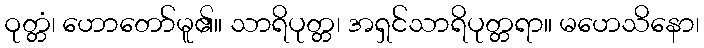
ဝုတ္တံ၊ ဟောတော်မူ၏။ သာရိပုတ္တ၊ အရှင်သာရိပုတ္တရာ။ မဟေသိနော၊